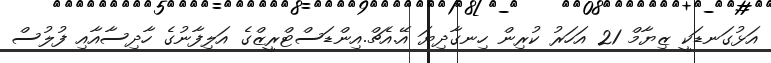
އަޅުގަނޑަކީ ޒިޔާމް 21 އަހަރު ކުރިން ހިނގާދިޔަ އޭ.އެޗް.އިންޑަސްޓްރީޒްގެ އަލިފާނުގެ ހާދިސާއާއި ފުލުސް